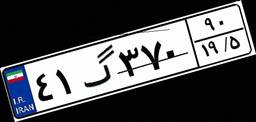
۴۱گ۱۱۳۶۶